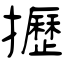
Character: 攊